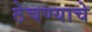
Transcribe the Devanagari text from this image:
ठेचण्याचे